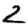
Digit: 2